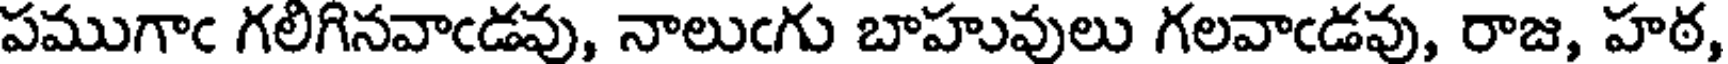
పముగాఁ గలిగినవాఁడవు, నాలుఁగు బాహువులు గలవాఁడవు, రాజ, హఠ,